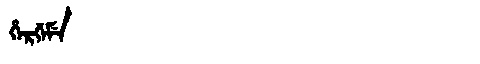
Manchu: ᡥᡝᡵᡤᡝᠮᡝ
Romanization: HERGEME